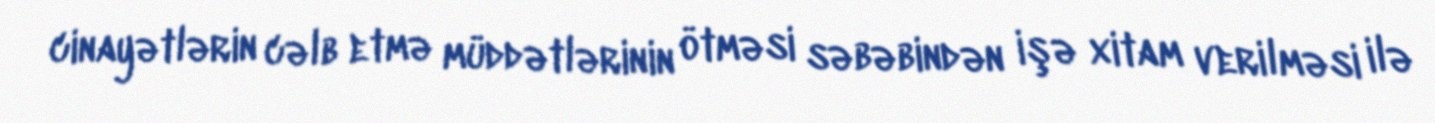
cinayətlərin cəlb etmə müddətlərinin ötməsi səbəbindən işə xitam verilməsi ilə